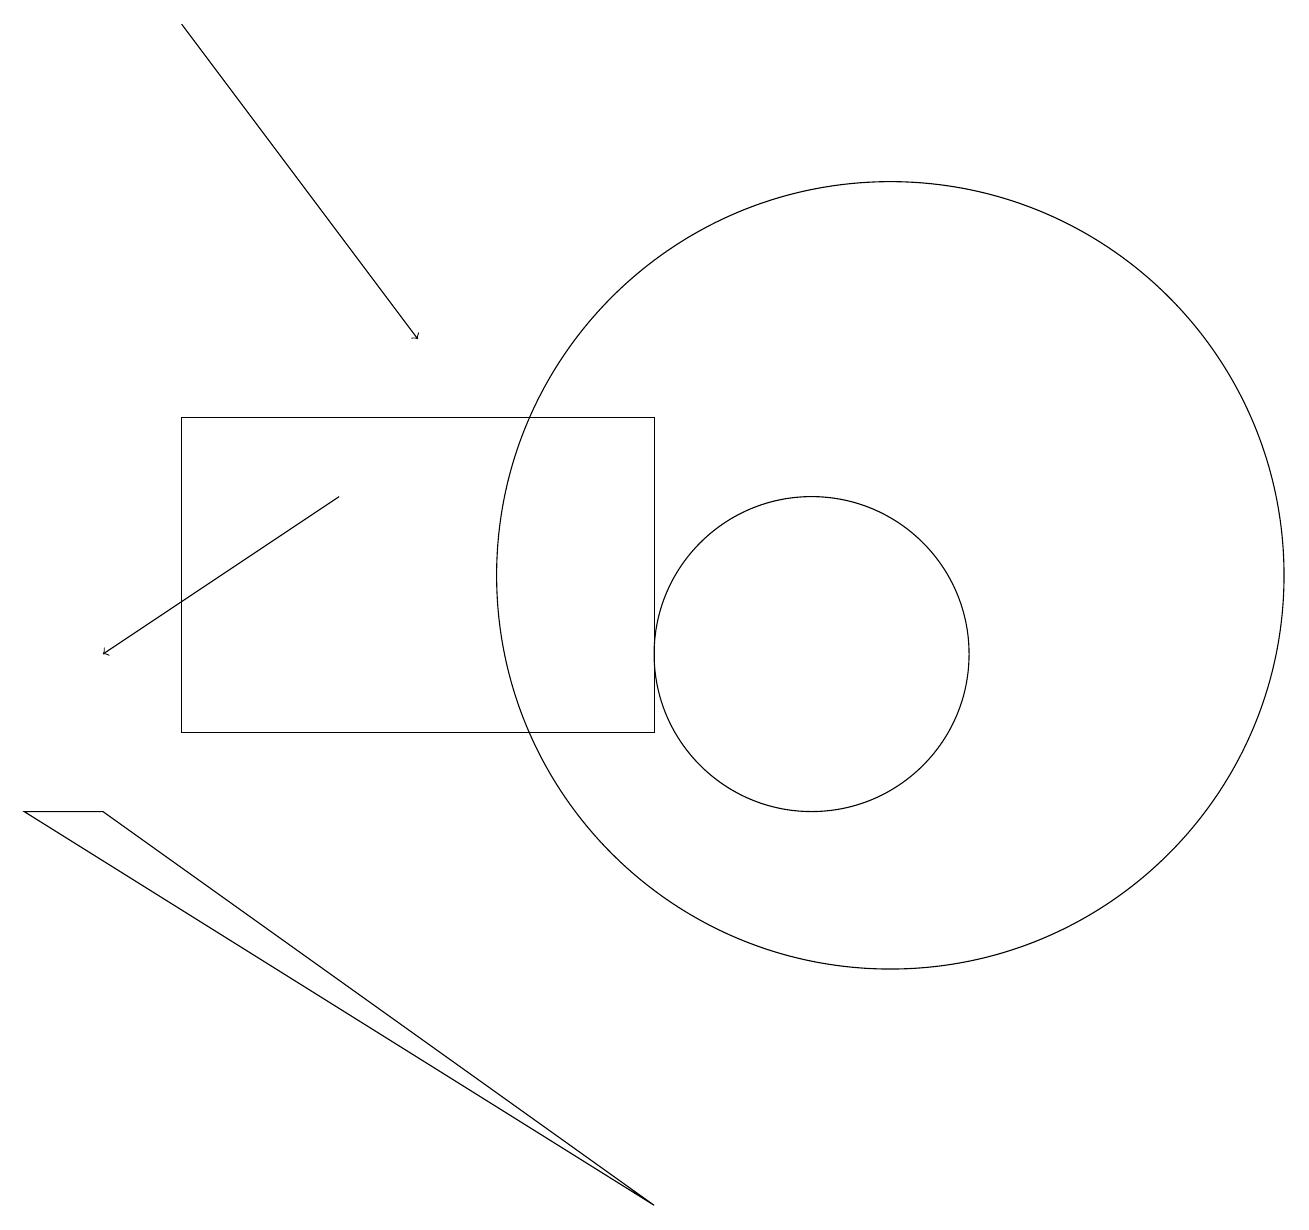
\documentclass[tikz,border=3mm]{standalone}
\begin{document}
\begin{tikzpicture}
\draw (1,9) -- (8,4) -- (0,9) -- cycle;
\draw (11,11) circle (0);
\draw (10,11) circle (2);
\draw[->] (4,13) -- (1,11);
\draw[->] (2,19) -- (5,15);
\draw (11,12) circle (5);
\draw (2,10) rectangle (8,14);
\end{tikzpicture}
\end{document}